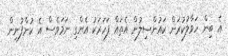
އެ ބިން ހަވާލުކުރަން ކައުންސިލުން އެތައް ފަހަރަކު އެންގި ނަމަވެސް އެ ކުންފުނިން